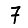
Digit: 7